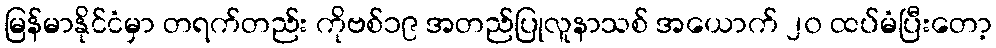
မြန်မာနိုင်ငံမှာ တရက်တည်း ကိုဗစ်၁၉ အတည်ပြုလူနာသစ် အယောက် ၂၀ ထပ်မံပြီးတော့